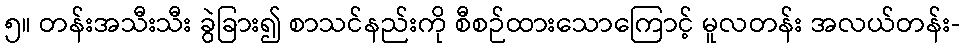
၅။ တန်းအသီးသီး ခွဲခြား၍ စာသင်နည်းကို စီစဉ်ထားသောကြောင့် မူလတန်း အလယ်တန်း-